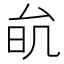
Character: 𠫮